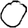
Digit: 0